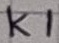
Text: K1